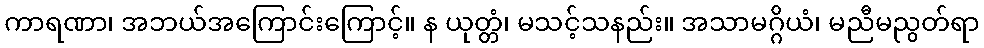
ကာရဏာ၊ အဘယ်အကြောင်းကြောင့်။ န ယုတ္တံ၊ မသင့်သနည်း။ အသာမဂ္ဂိယံ၊ မညီမညွတ်ရာ